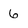
Character: 6